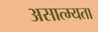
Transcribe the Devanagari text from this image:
असात्म्यता